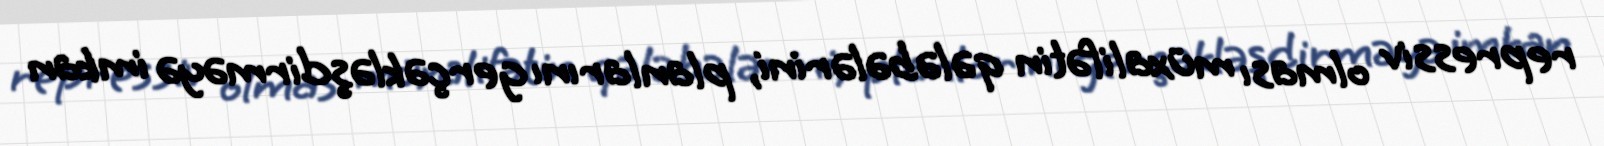
repressiv olması müxalifətin qələbələrini, planlarını gerçəkləşdirməyə imkan